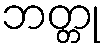
ဘတ္တု